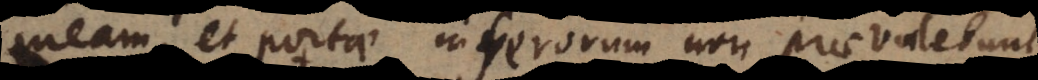
meam, et portae inferorum non praevalebunt